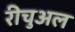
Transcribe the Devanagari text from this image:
रीचुअल